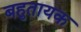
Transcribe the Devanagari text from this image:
बहुतायक